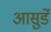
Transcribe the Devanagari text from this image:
आसुर्डे